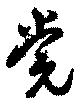
党